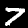
Digit: 7